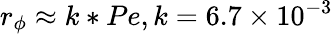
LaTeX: {r_{\phi}}\approx k*Pe\mathrm{{}},\mathrm{{}}k=6.7\times{10^{-3}}